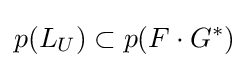
p(L_{U})\subset p(F\cdot G^{*})